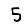
Digit: 5